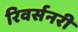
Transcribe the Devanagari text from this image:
रिवर्सनरी